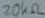
Text: 20kΩ